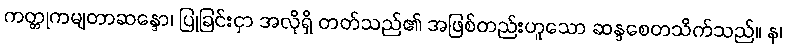
ကတ္တုကမျတာဆန္ဒော၊ ပြုခြင်းငှာ အလိုရှိ တတ်သည်၏ အဖြစ်တည်းဟူသော ဆန္ဒစေတသိက်သည်။ န၊